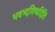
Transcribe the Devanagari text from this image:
भवभ्दविष्यदिति